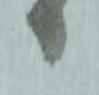
り